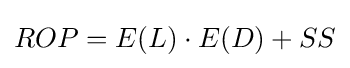
ROP=E(L)\cdot E(D)+SS